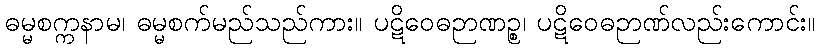
ဓမ္မစက္ကနာမ၊ ဓမ္မစက်မည်သည်ကား။ ပဋိဝေဓဉာဏဉ္စ၊ ပဋိဝေဓဉာဏ်လည်းကောင်း။